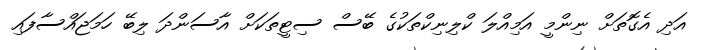
އަދި އެގޮތަށް ނިންމީ އަމިއްލަ ކްލިނިކްތަކުގެ ބޭސް ސިޓީތަކަށް އާސަންދަ ލިބޭ ހަމަޖައްސާފައި